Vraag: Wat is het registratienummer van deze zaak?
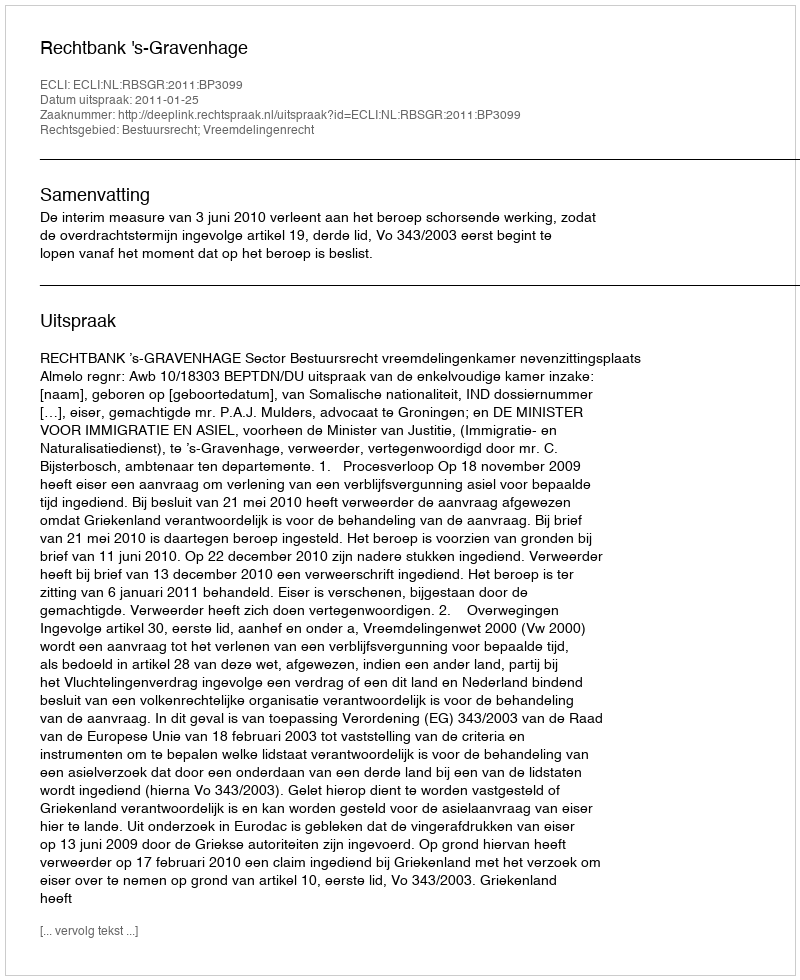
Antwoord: http://deeplink.rechtspraak.nl/uitspraak?id=ECLI:NL:RBSGR:2011:BP3099